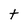
Character: t